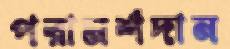
পরামর্শদান